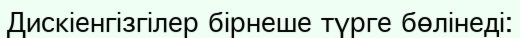
Дискіенгізгілер бірнеше түрге бөлінеді: